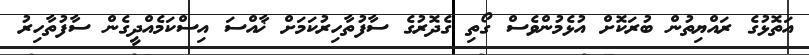
އަތޮޅުގެ ރައްޔިތުން ބުރަކޮށް އުޅެމުންވެސް ގޯތި ގެދޮރުގެ ސާފުތާހިރުކަމަށް ޚާއްސަ އިސްކަމެއްދީގެން ސާފުތާހިރު